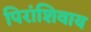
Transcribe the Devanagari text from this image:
पिरांशिवाय